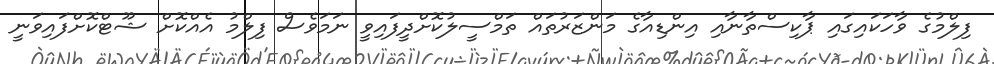
ފިލްމުގެ ވާހަކައިގައި ޕާކިސްތާނާއި އިންޑިއާގެ މަންޒަރުތައް ތަމްސީލުކޮށްދީފައިވީ ނަމަވެސް ފިލްމު އެއްކޮށް ޝޫޓްކޮށްފައިވަނީ